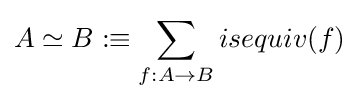
A\simeq B:\equiv \sum _{f:A\rightarrow B}isequiv(f)